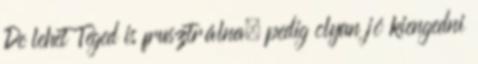
De lehet Téged is frusztrálna, pedig olyan jó kiengedni